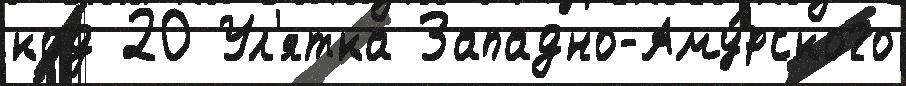
код 20 Ул'ятка Западно-Аму́рского